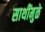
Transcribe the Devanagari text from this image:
साथींमुळे